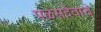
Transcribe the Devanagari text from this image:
पळसदेवाचे